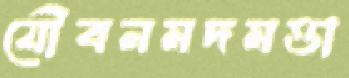
যৌবনমদমত্তা